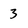
Character: 3